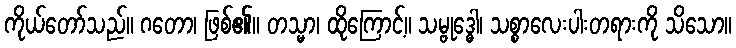
ကိုယ်တော်သည်။ ဂတော၊ ဖြစ်၏။ တသ္မာ၊ ထိုကြောင့်။ သမ္ဗုဒ္ဓေါ၊ သစ္စာလေးပါးတရားကို သိသော။